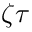
\zeta \tau